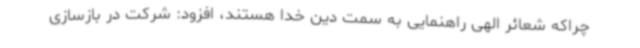
چراکه شعائر الهی راهنمایی به سمت دین خدا هستند، افزود: شرکت در بازسازی